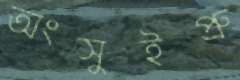
অংসুইপ্রু